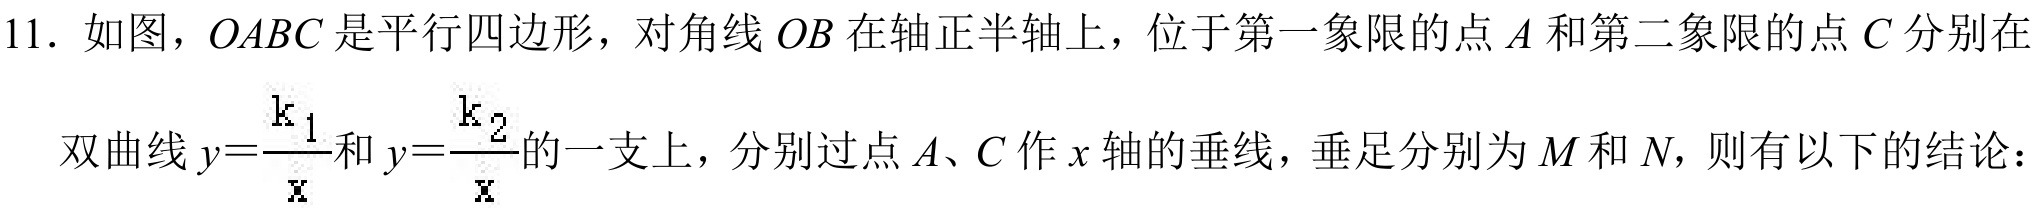
11. 如图，\(OABC\)是平行四边形，对角线\(OB\)在轴正半轴上，位于第一象限的点\(A\)和第二象限的点\(C\)分别在
双曲线\(y = \dfrac{k_{1}}{x}\)和\(y=\dfrac{k_{2}}{x}\)的一支上，分别过点\(A\)、\(C\)作\(x\)轴的垂线，垂足分别为\(M\)和\(N\)，则有以下的结论：